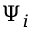
\Psi _ { i }